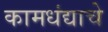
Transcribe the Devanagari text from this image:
कामधंद्याचे